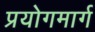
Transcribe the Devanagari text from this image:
प्रयोगमार्ग